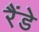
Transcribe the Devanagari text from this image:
रैंडे